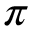
\pi